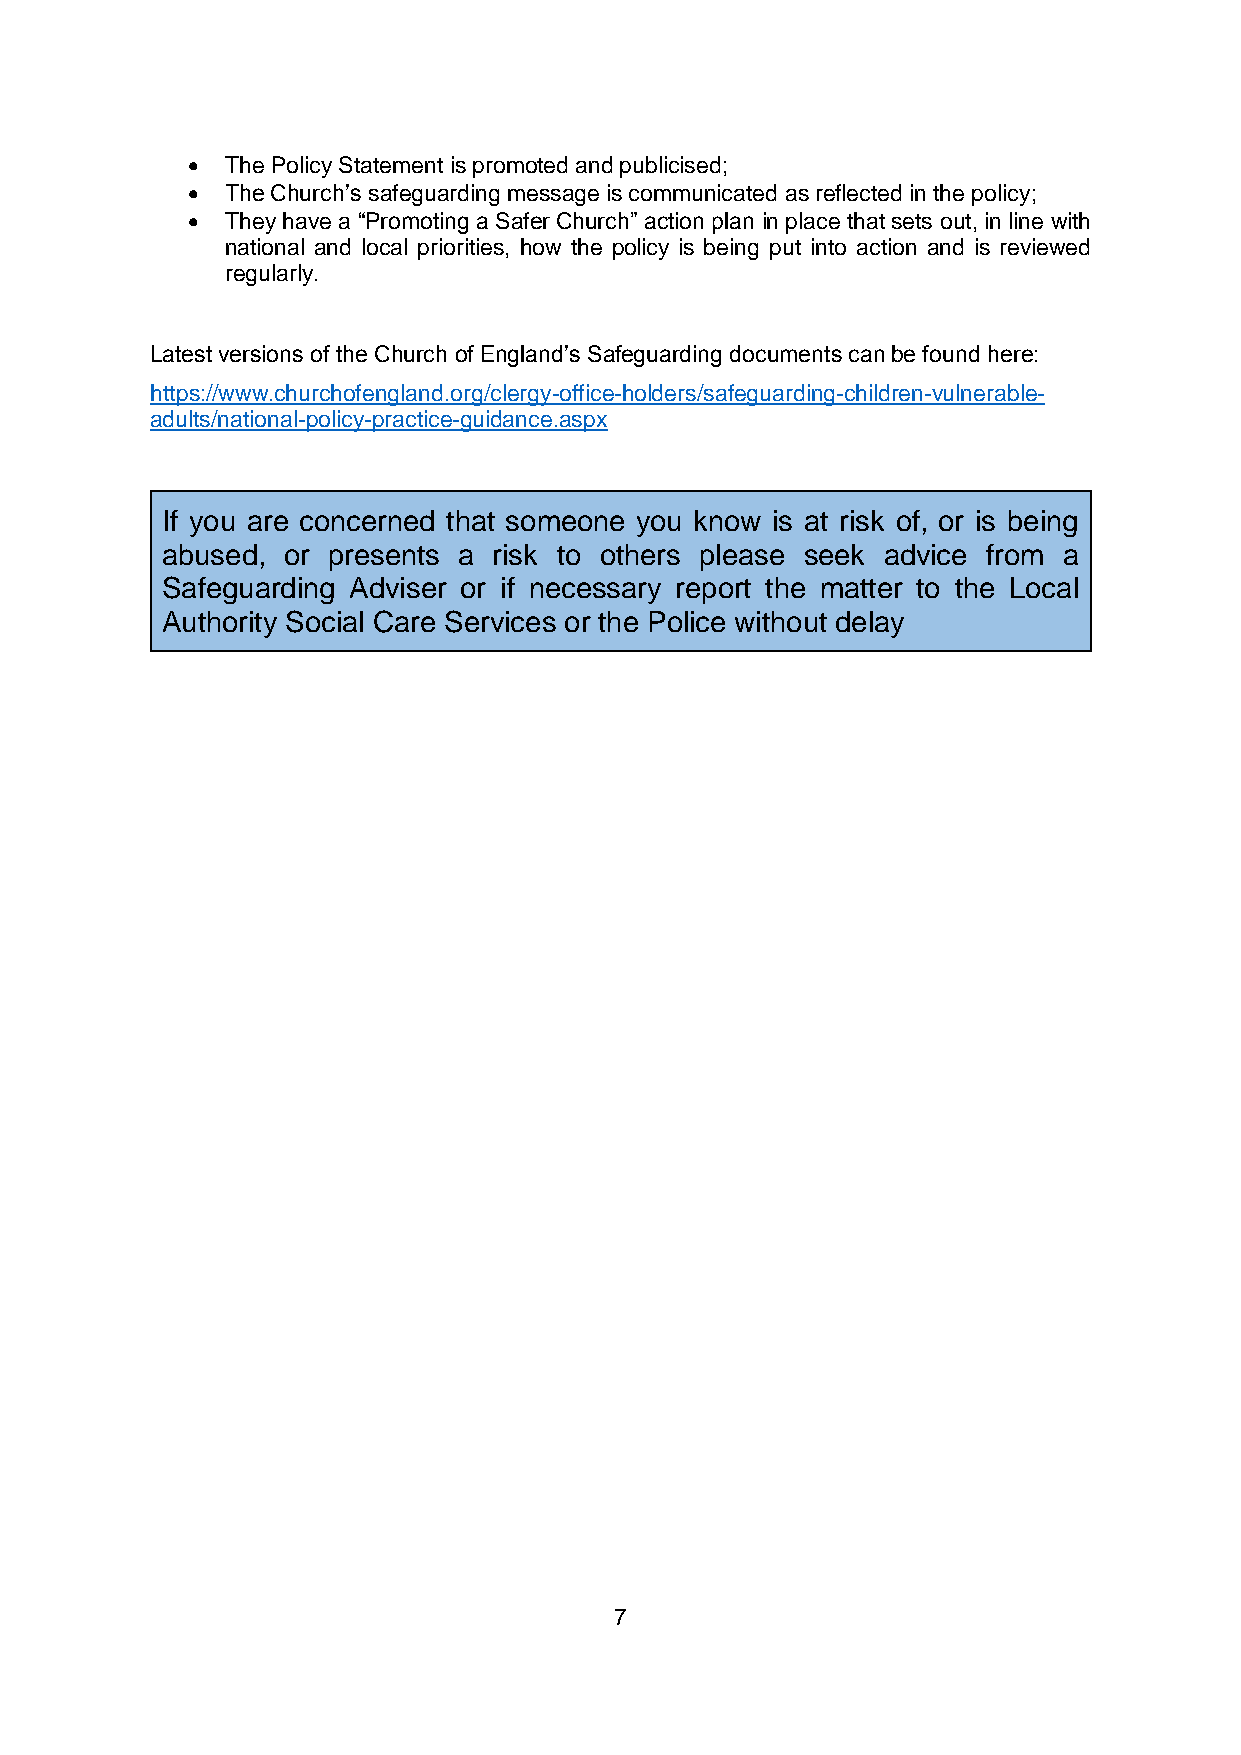
  The Policy Statement is promoted and publicised;
   The Church’s safeguarding message is communicated as reflected in the policy;
   They have a “Promoting a Safer Church” action plan in place that sets out, in line with
 national and local priorities, how the policy is being put into action and is reviewed
 regularly.
 Latest versions of the Church of England’s Safeguarding documents can be found here:
 https://www.churchofengland.org/clergy-office-holders/safeguarding-children-vulnerable-
 adults/national-policy-practice-guidance.aspx
 If you are concerned that someone you know is at risk of, or is being
 abused, or presents a risk to others please seek advice from a
 Safeguarding Adviser or if necessary report the matter to the Local
 Authority Social Care Services or the Police without delay
 7